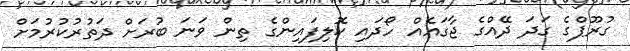
ގުރޫޕްގެ ގަދަ ދޭއްގެ ޖާގައެއް ހޯދައި ކޮލިފައިންގެ ތިން ވަނަ ބުރަށް ދަތުރުކުރުމަށް